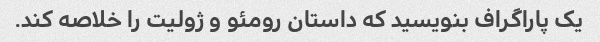
یک پاراگراف بنویسید که داستان رومئو و ژولیت را خلاصه کند.